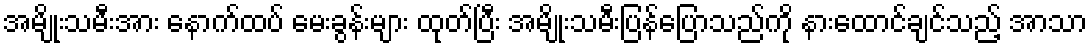
အမျိုးသမီးအား နောက်ထပ် မေးခွန်းများ ထုတ်ပြီး အမျိုးသမီးပြန်ပြောသည်ကို နားထောင်ချင်သည့် အာသာ